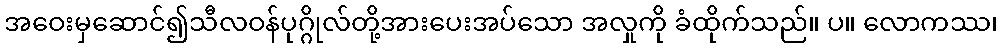
အဝေးမှဆောင်၍သီလဝန်ပုဂ္ဂိုလ်တို့အားပေးအပ်သော အလှုကို ခံထိုက်သည်။ ပ။ လောကဿ၊